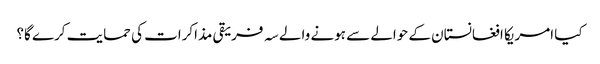
کیا امریکا افغانستان کے حوالے سے ہونے والے سہ فریقی مذاکرات کی حمایت کرے گا؟